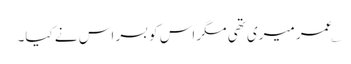
؎عمر میری تھی مگر اس کو بسر اس نے کیا۔